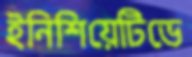
ইনিশিয়েটিভে